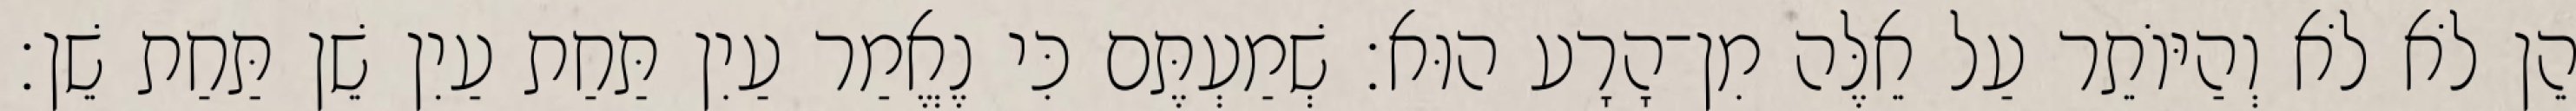
הֵן לֹא לֹא וְהַיּוֹתֵר עַל אֵלֶּה מִן־הָרָע הוּא׃ שְׁמַעְתֶּם כִּי נֶאֱמַר עַיִן תַּחַת עַיִן שֵׁן תַּחַת שֵׁן׃